Scientific memoirs by medical officers of the Army of India - Part III,
Year: 1887
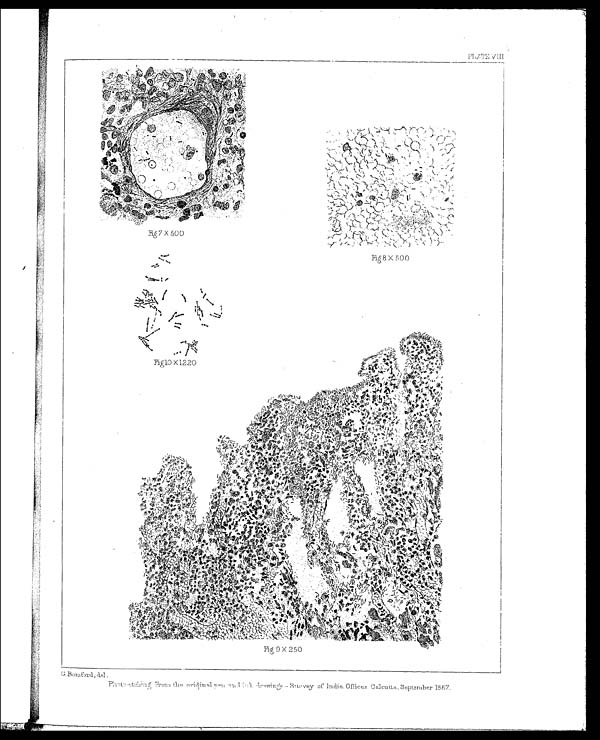
G. Bomford, del.
Photo-etching From the original pen and ink drawings-Survey of India Offices Calcutta. September 1887.